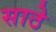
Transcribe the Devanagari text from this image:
साठेे